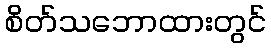
စိတ်သဘောထားတွင်